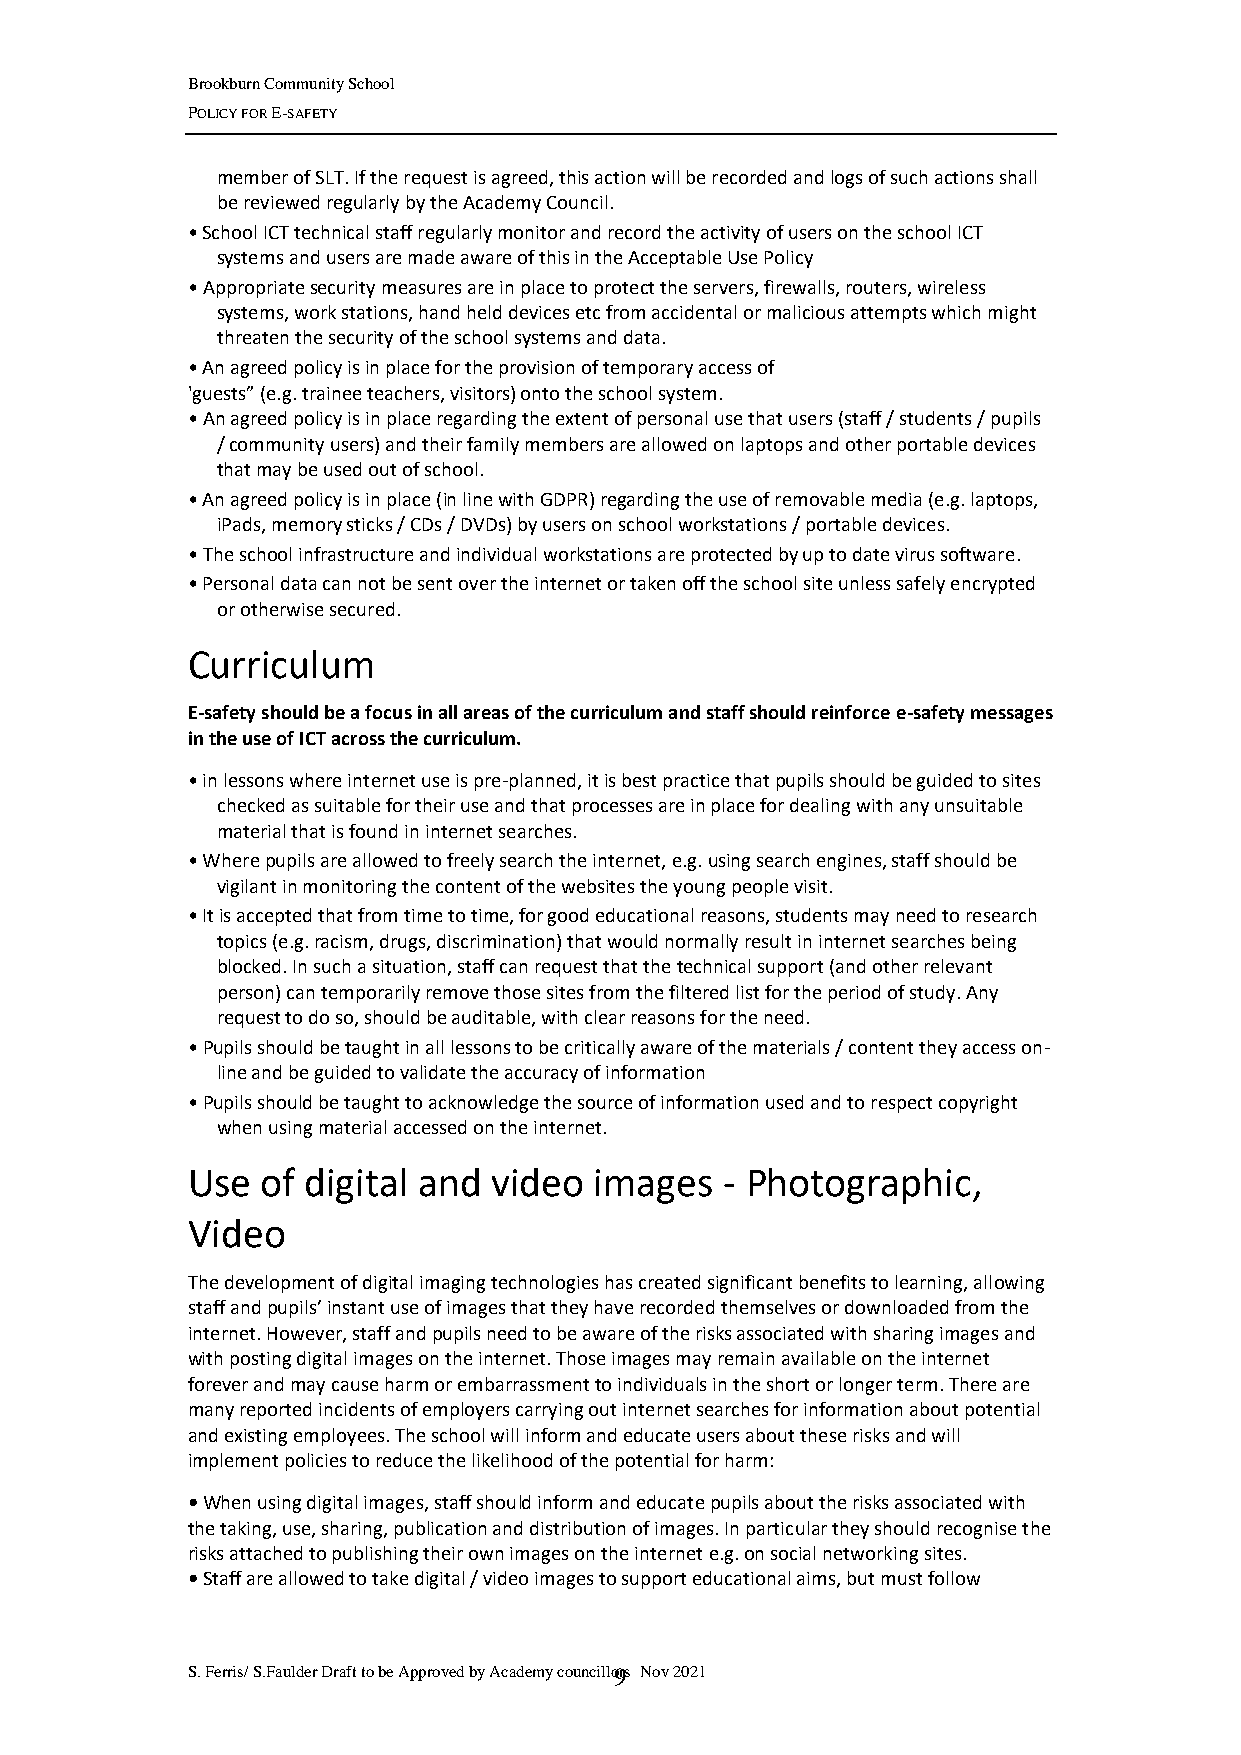
Brookburn Community School
 POLICY FOR E-SAFETY
 member of SLT. If the request is agreed, this action will be recorded and logs of such actions shall
 be reviewed regularly by the Academy Council.
 • School ICT technical staff regularly monitor and record the activity of users on the school ICT
 systems and users are made aware of this in the Acceptable Use Policy
 • Appropriate security measures are in place to protect the servers, firewalls, routers, wireless
 systems, work stations, hand held devices etc from accidental or malicious attempts which might
 threaten the security of the school systems and data.
 • An agreed policy is in place for the provision of temporary access of
 'guests” (e.g. trainee teachers, visitors) onto the school system.
 • An agreed policy is in place regarding the extent of personal use that users (staff / students / pupils
 / community users) and their family members are allowed on laptops and other portable devices
 that may be used out of school.
 • An agreed policy is in place (in line with GDPR) regarding the use of removable media (e.g. laptops,
 iPads, memory sticks / CDs / DVDs) by users on school workstations / portable devices.
 • The school infrastructure and individual workstations are protected by up to date virus software.
 • Personal data can not be sent over the internet or taken off the school site unless safely encrypted
 or otherwise secured.
 Curriculum
 E-safety should be a focus in all areas of the curriculum and staff should reinforce e-safety messages
 in the use of ICT across the curriculum.
 • in lessons where internet use is pre-planned, it is best practice that pupils should be guided to sites
 checked as suitable for their use and that processes are in place for dealing with any unsuitable
 material that is found in internet searches.
 • Where pupils are allowed to freely search the internet, e.g. using search engines, staff should be
 vigilant in monitoring the content of the websites the young people visit.
 • It is accepted that from time to time, for good educational reasons, students may need to research
 topics (e.g. racism, drugs, discrimination) that would normally result in internet searches being
 blocked. In such a situation, staff can request that the technical support (and other relevant
 person) can temporarily remove those sites from the filtered list for the period of study. Any
 request to do so, should be auditable, with clear reasons for the need.
 • Pupils should be taught in all lessons to be critically aware of the materials / content they access on-
 line and be guided to validate the accuracy of information
 • Pupils should be taught to acknowledge the source of information used and to respect copyright
 when using material accessed on the internet.
 Use  of digital and  video images   - Photographic,
 Video
 The development of digital imaging technologies has created significant benefits to learning, allowing
 staff and pupils’ instant use of images that they have recorded themselves or downloaded from the
 internet. However, staff and pupils need to be aware of the risks associated with sharing images and
 with posting digital images on the internet. Those images may remain available on the internet
 forever and may cause harm or embarrassment to individuals in the short or longer term. There are
 many reported incidents of employers carrying out internet searches for information about potential
 and existing employees. The school will inform and educate users about these risks and will
 implement policies to reduce the likelihood of the potential for harm:
 • When using digital images, staff should inform and educate pupils about the risks associated with
 the taking, use, sharing, publication and distribution of images. In particular they should recognise the
 risks attached to publishing their own images on the internet e.g. on social networking sites.
 • Staff are allowed to take digital / video images to support educational aims, but must follow
 S. Ferris/ S.Faulder Draft to be Approved by Academy councillo9rs Nov 2021